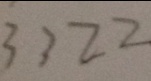
3 3 2 2